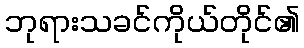
ဘုရားသခင်ကိုယ်တိုင်၏